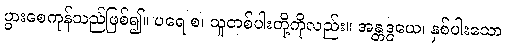
ပွားစေကုန်သည်ဖြစ်၍။ ပရေ စ၊ သူတစ်ပါးတို့ကိုလည်း။ အန္တဒွယေ၊ နှစ်ပါးသော